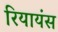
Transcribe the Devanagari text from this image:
रियायंस